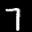
Label: 7